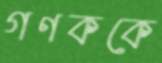
গণককে